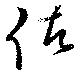
佐